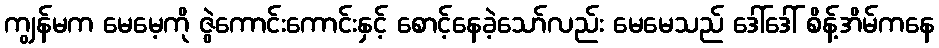
ကျွန်မက မေမေ့ကို ဇွဲကောင်းကောင်းနှင့် စောင့်နေခဲ့သော်လည်း မေမေသည် ဒေါ်ဒေါ် စိန့်အိမ်ကနေ